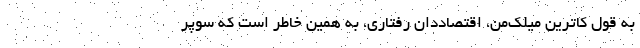
به قول کاترین میلک‌من، اقتصاددان رفتاری، به همین خاطر است که سوپر